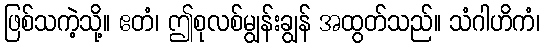
ဖြစ်သကဲ့သို့။ ဧတံ၊ ဤစုလစ်မျွန်းချွန် အထွတ်သည်။ သံဂါဟိကံ၊